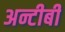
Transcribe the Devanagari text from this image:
अन्टीबी